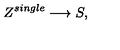
Z ^ { s i n g l e } \longrightarrow S ,